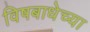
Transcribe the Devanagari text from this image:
विषबाधेच्या